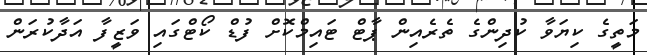
މަތީގެ ކިޔަވާ ކުދިންގެ ތެރެއިން ޕާޓް ޓައިމްކޮށް ފުޑް ކޯޓްގައި ވަޒީފާ އަދާކުރަން